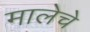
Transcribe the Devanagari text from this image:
मालेचे